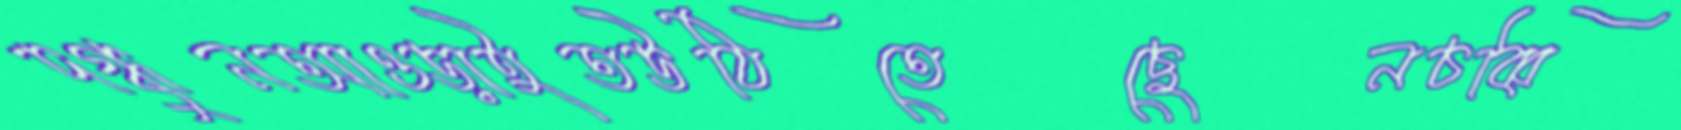
দগ্ধুনআওড়াইতউঠিতেছেনচব্বি